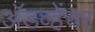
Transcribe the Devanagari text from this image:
अॅडव्हेंचर